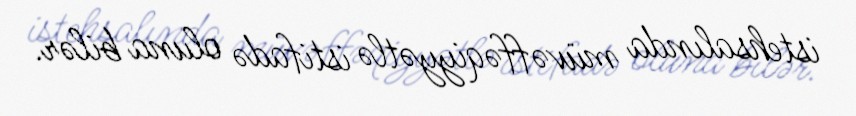
istehsalında müvəffəqiyyətlə istifadə oluna bilər.